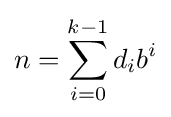
n=\sum _{i=0}^{k-1}d_{i}b^{i}